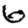
Digit: 6